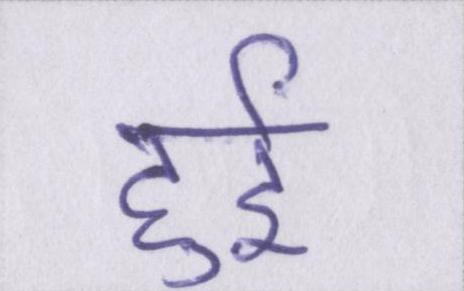
हुर्इ